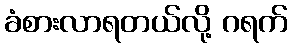
ခံစားလာရတယ်လို့ ဂရက်